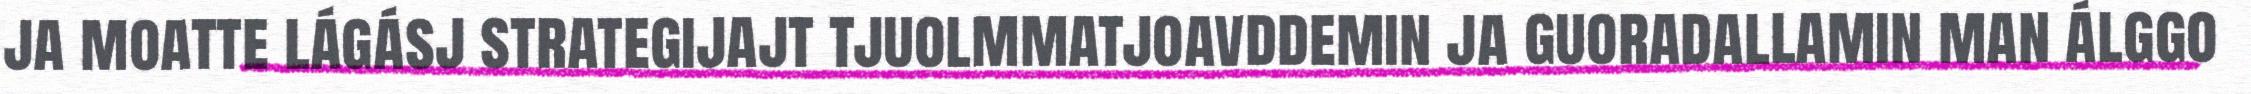
ja moatte lágásj strategijajt tjuolmmatjoavddemin ja guoradallamin man álggo